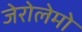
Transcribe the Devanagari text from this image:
जेरोलेमो